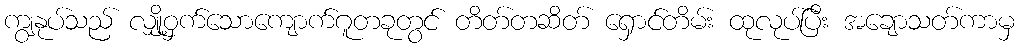
ကျွနုပ်သည် လျှို့ဝှက်သောကျောက်ဂူတခုတွင် တိတ်တဆိတ် ရှောင်တိမ်း ထုလုပ်ပြီး အချောသတ်ကာမှ